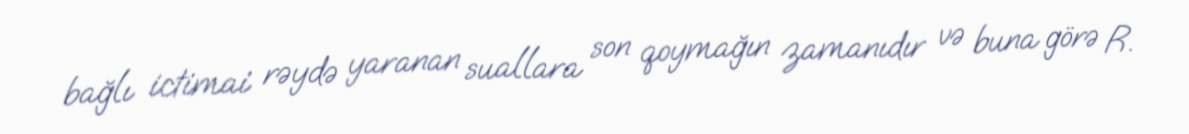
bağlı ictimai rəydə yaranan suallara son qoymağın zamanıdır və buna görə R.